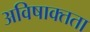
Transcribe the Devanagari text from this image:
अविषाक्तता